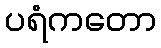
ပရံကတော